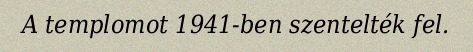
A templomot 1941-ben szentelték fel.